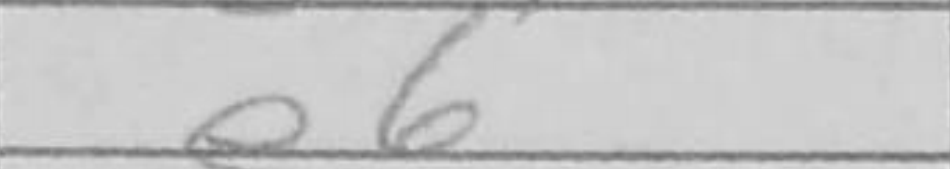
Transcription: e6